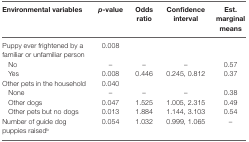
<table><thead><tr><td><b>Environmental variables</b></td><td><b><i>p</i>-value</b></td><td><b>Odds ratio</b></td><td><b>Confidence interval</b></td><td><b>Est. marginal means</b></td></tr></thead><tbody><tr><td>Puppy ever frightened by a familiar or unfamiliar person</td><td>0.008</td><td></td><td></td><td></td></tr><tr><td> No</td><td>–</td><td>–</td><td>–</td><td>0.57</td></tr><tr><td> Yes</td><td>0.008</td><td>0.446</td><td>0.245, 0.812</td><td>0.37</td></tr><tr><td>Other pets in the household</td><td>0.040</td><td></td><td></td><td></td></tr><tr><td> None</td><td>–</td><td>–</td><td>–</td><td>0.38</td></tr><tr><td> Other dogs</td><td>0.047</td><td>1.525</td><td>1.005, 2.315</td><td>0.49</td></tr><tr><td> Other pets but no dogs</td><td>0.013</td><td>1.884</td><td>1.144, 3.103</td><td>0.54</td></tr><tr><td>Number of guide dog puppies raised<sup>b</sup></td><td>0.054</td><td>1.032</td><td>0.999, 1.065</td><td>–</td></tr></tbody></table>